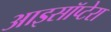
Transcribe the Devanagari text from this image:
आइसॉप्टेरा